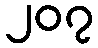
၂၀၇